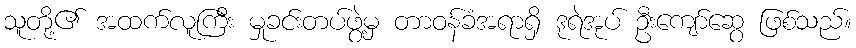
သူတို့၏ အထက်လူကြီး မှုခင်းတပ်ဖွဲ့မှ တာဝန်ခံအရာရှိ ဒုရဲအုပ် ဦးကျော်ဆွေ ဖြစ်သည်။